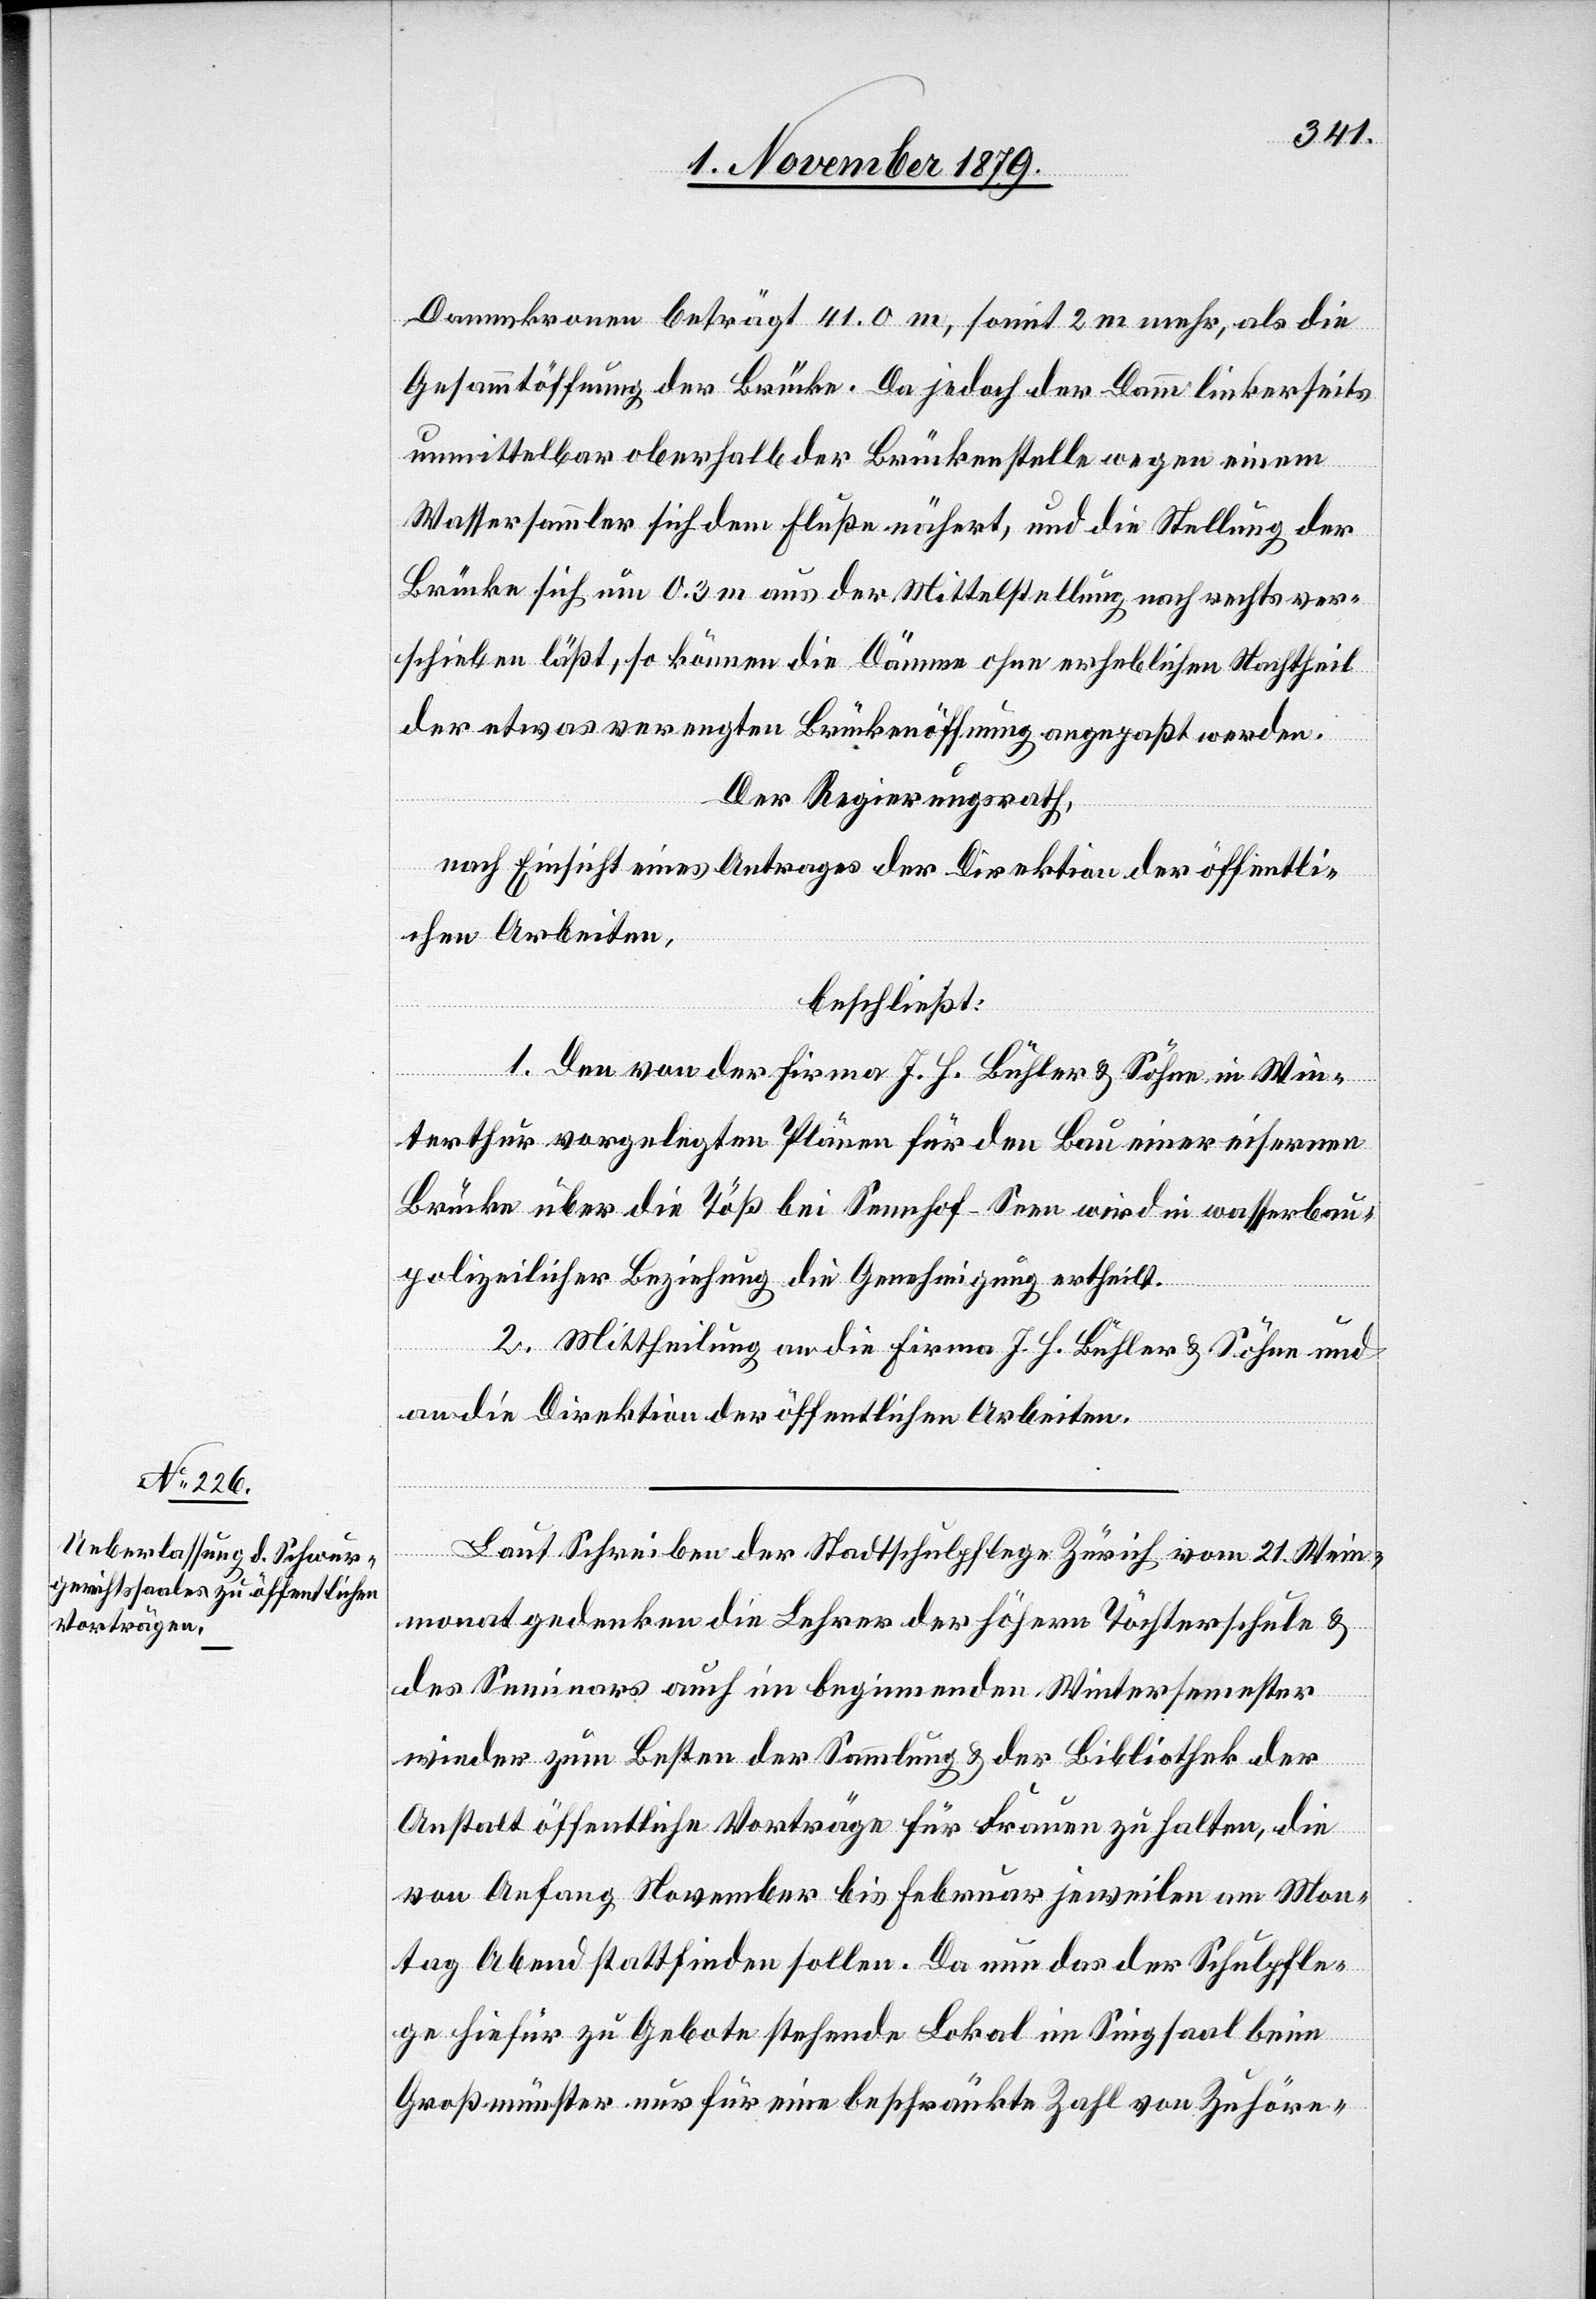
Dammkronen beträgt 41.0 m, somit 2 m mehr, als die
Gesammtöffnung der Brücke. Da jedoch der Damm linkerseits
unmittelbar oberhalb der Brückenstelle wegen einem
Wassersammler sich dem Fluß nähert, und die Stellung der
Brücke sich um 0.3 m aus der Mittelstellung nach rechts ver¬
schieben läßt, so können die Dämme ohne erheblichen Nachtheil
der etwas verengten Brückenöffnung angepaßt werden.
Der Regierungsrath,
nach Einsicht eines Antrages der Direktion der öffentli¬
chen Arbeiten,
beschließt:
1. Den von der Firma J. H. Bühler & Söhne in Win¬
terthur vorgelegten Plänen für den Bau einer eisernen
Brücke über die Töß bei Sennhof - Seen wird in wasserbau¬
polizeilicher Beziehung die Genehmigung ertheilt.
2. Mittheilung an die Firma J. H. Bühler & Söhne und
an die Direktion der öffentlichen Arbeiten.
Laut Schreiben der Stadtpflege Zürich vom 21. Wein¬
monat gedenken die Lehrer der höhern Töchterschule &
des Seminars auch im beginnenden Wintersemester
wieder zum Besten der Sammlung & der Bibliothek der
Anstalt öffentliche Vorträge für Frauen zu halten, die
von Anfang November bis Februar jeweilen am Mon¬
tag Abend stattfinden sollen. Da nun das der Schulpfle¬
ge hierfür zu Gebote stehende Lokal im Singsaal beim
Großmünster nur für eine beschränkte Zahl von Zuhöre-